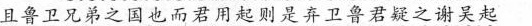
且鲁卫兄弟之国也而君用起则是弃卫鲁君疑之谢吴起